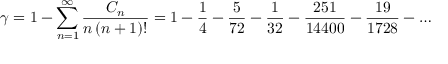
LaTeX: \gamma = 1 - \sum _ { n = 1 } ^ { \infty } { \frac { C _ { n } } { n \, ( n + 1 ) ! } } = 1 - { \frac { 1 } { 4 } } - { \frac { 5 } { 7 2 } } - { \frac { 1 } { 3 2 } } - { \frac { 2 5 1 } { 1 4 4 0 0 } } - { \frac { 1 9 } { 1 7 2 8 } } - \ldots